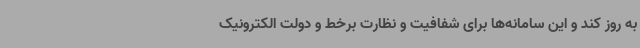
به روز کند و این سامانه‌ها برای شفافیت و نظارت برخط و دولت الکترونیک